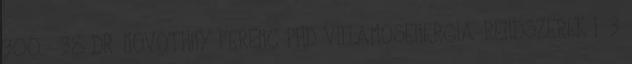
300,- 38 DR. NOVOTHNY FERENC PHD VILLAMOSENERGIA-RENDSZEREK I. 3